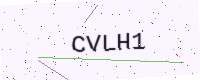
Text: CVLH1